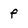
Character: f